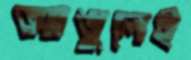
আঙুলেই